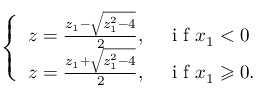
\left\{ \begin{array} { l } { z = \frac { z _ { 1 } - \sqrt { z _ { 1 } ^ { 2 } - 4 } } { 2 } , \quad { \mathrm { ~ i ~ f ~ } } x _ { 1 } < 0 } \\ { z = \frac { z _ { 1 } + \sqrt { z _ { 1 } ^ { 2 } - 4 } } { 2 } , \quad { \mathrm { ~ i ~ f ~ } } x _ { 1 } \geqslant 0 . } \end{array} \right.